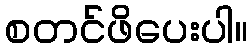
စတင်ဖိပေးပါ။